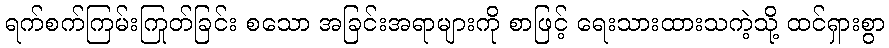
ရက်စက်ကြမ်းကြုတ်ခြင်း စသော အခြင်းအရာများကို စာဖြင့် ရေးသားထားသကဲ့သို့ ထင်ရှားစွာ